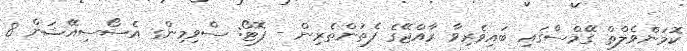
ކޮމަންވެލްތް ގޭމްސްގައި ބައިވެރިވާ ރާއްޖޭގެ ފެތުންތެރިން - ފޮޓޯ: ސްވިމިންގ އެސޯސިއޭޝަން 8